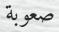
صعوبة